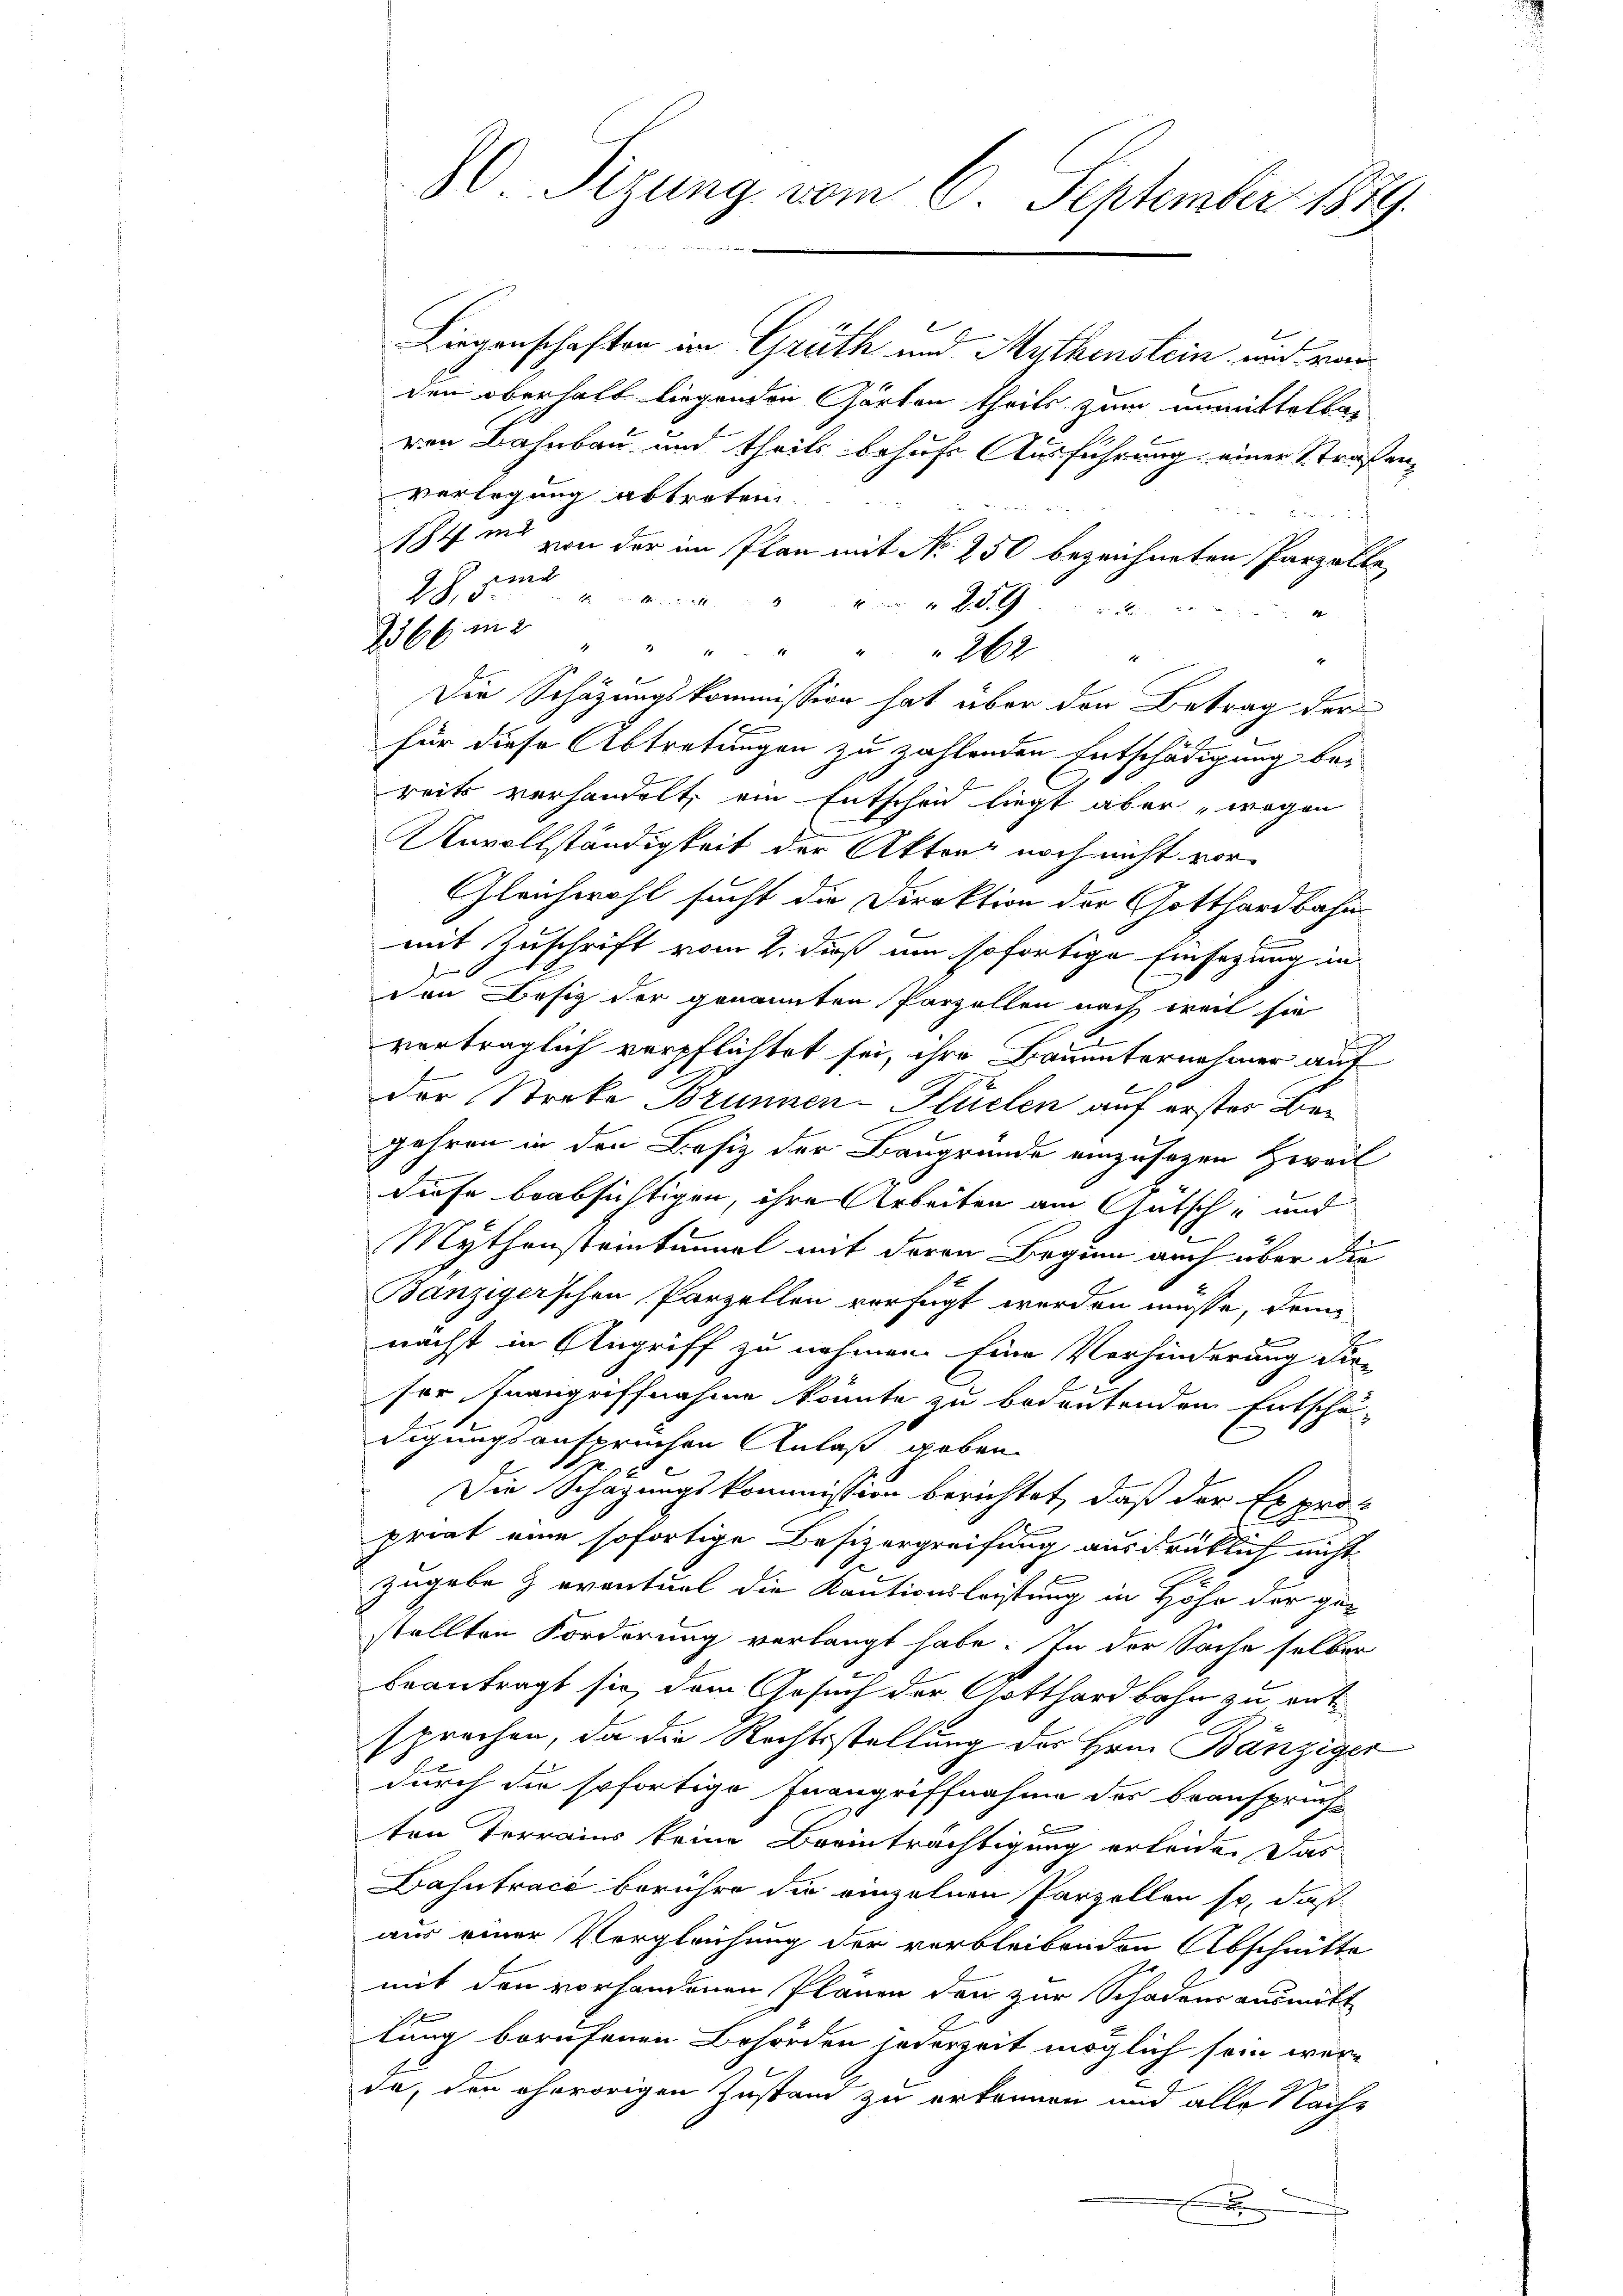
80 Sizung vom 6. September 1879.
n

Liegenschaften im Grüth und Muthenstein, und vor
den oberhalb liegenden Garten theils zum unmittelbar
ren Bahnbau und theils behufs Ausführung einer Straßen,
Verlegung abtreten

sht und von der im Plan mit No 250 bezeichneten Parzelle
J.J. sie
1 mittelt
1
2366 in 2
" " " " " " 262 "
4
Die Schazungskommission hat über den Betrag der
e
für diese Abtretungen zu zahlenden Entschädigung bereits verhandelt, ein Entscheid liegt aber, wegen
Unvollständigkeit der Akten noch nicht vor¬
Gleichwohl sucht die Direktion der Gotthardbahn
mit Zuschrift vom 2. daß um sofortige Einsezung in
den Besitz der genannten Parzellen nach weil sie
verträglich verpflichtet sei, ihre Bauunternehmer auf
der Streke Brunnen-Hlüelen auf erstes Die¬
Jahren in den Besiz der Baugrunde einzusagen weil
diese beabsichtigen, ihre Arbeiten am Gutsch- und
x
Mythonsteintenmal mit deren Beginn auch über die
Banziger’schen Parzellen verfügt werden müsse, dem
nächst in Angriff zu nehmen. Eine Verhinderung die
ser Inangriffnahme könnte zu bedeutenden Entschä-
digungsanspruchen Anlaß geben
Die Schazungskommission berichtet, daß der Expro-
priat eine sofortige Besizergreifung ausdrücklich nicht
zugebe & eventuel die Kautionsleistung in Höhe der gestellten Forderung verlangt habe. In der Sache selber
beantragt sie, dem Gesuch der Gotthardbahn zu entsprechen, da die Rechtsstellung des Hrn. Bänziger
durch die sofortige Inangriffnahme des beanspruch
B
ten Terrains keine Beeinträchtigung erleide. Das
Dahntrace berühre die einzelnen Parzellen so, daß
aus einer Vergleichung der vorbleibenden Abschnitte
mit den vorhandenen Plänen den zur Schadens ausmitt
lung berufenen Behörden jederzeit möglich sein werda, den ehevorigen Zustand zu erkennen und alle Nach-
F